Tezpur Lunatic Asylum reports 1895-1904 - 1895-1904
Year: 1895
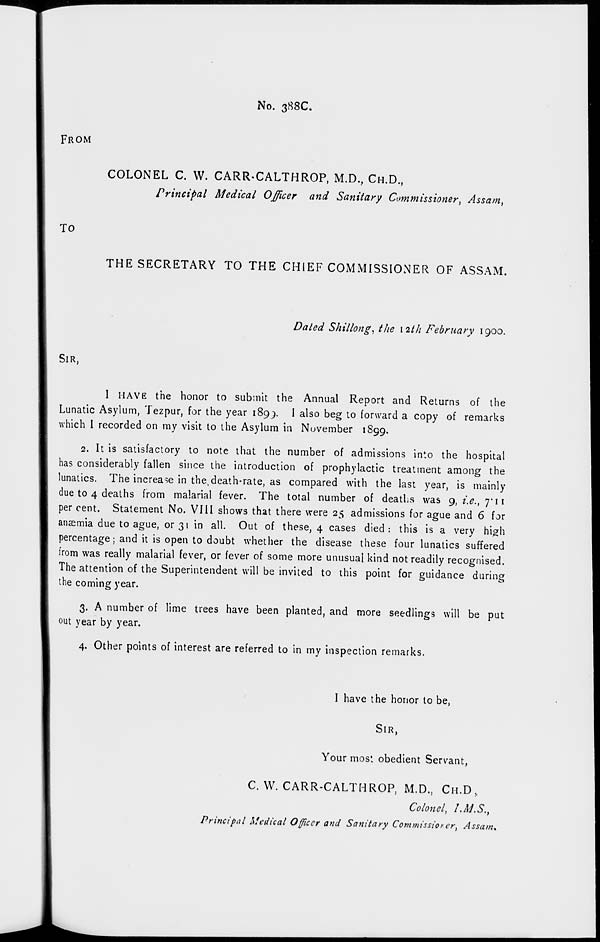
No. 388C.
FROM
COLONEL C. W. CARR-CALTHROP, M.D., CH.D.,
Principal Medical Officer and Sanitary Commissioner, Assam,
TO
THE SECRETARY TO THE CHIEF COMMISSIONER OF ASSAM.
Dated Shillong, the \2tI1 February 1900.
SIR,
I HAVE the honor to submit the Annual Report and Returns of the
Lunatic Asylum, Tezpur, for the year 1899. I also beg to forward a copy of remarks
which I recorded on my visit to the Asylum in November 1S99.
2. It is satisfactory to note that the number of admissions into the hospital
has considerably fallen since the introduction of prophylactic treatment among the
lunatics. The increase in the,death-rate, as compared with the last year, is mainly
due to 4 deaths from malarial fever. The total number of deaths was 9, i.e., 7*11
per cent. Statement No. VIII shows that there were 25 admissions for ague and 6 for
anaemia due to ague, or 31 in all. Out of these, 4 cases died: this is a very high
percentage; and it is open to doubt whether the disease these four lunatics suffered
from was really malarial fever, or fever of some more unusual kind not readily recognised.
The attention of the Superintendent will be invited to this point for guidance during
the coming year.
3. A number of lime trees have been planted, and more seedlings will be put
out year by year.
4. Other points of interest are referred to in my inspection remarks.
I have the honor to be,
SIR,
Your most obedient Servant,
C. W. CARR-CALTHROP, M.D., CH.D,
Colonel, /.M.S.,
Principal Medical Officer and Sanitary Comwissiof er t Assam*